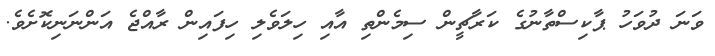
ވަނަ ދުވަހު ޕާކިސްތާނުގެ ކަރާޗީން ސިމެންތި އާއި ހިލަވެލި ހިފައިން ރާއްޖެ އަންނަނިކޮށެވެ.